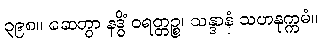
၃၉၈။ ဆေတွာ နဒ္ဓိံ ဝရတ္တဉ္စ၊ သန္ဒာနံ သဟနုက္ကမံ။